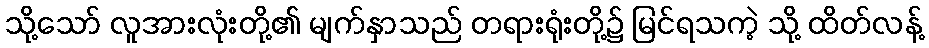
သို့သော် လူအားလုံးတို့၏ မျက်နှာသည် တရားရုံးတို့၌ မြင်ရသကဲ့ သို့ ထိတ်လန့်